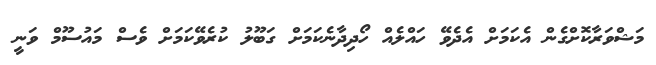
މަޝްވަރާކޮށްގެން އެކަމަށް އެދެވޭ ހައްލެއް ހޯދިދާނެކަމަށް ގަބޫލު ކުރެވޭކަމަށް ވެސް މައުސޫމް ވަނީ